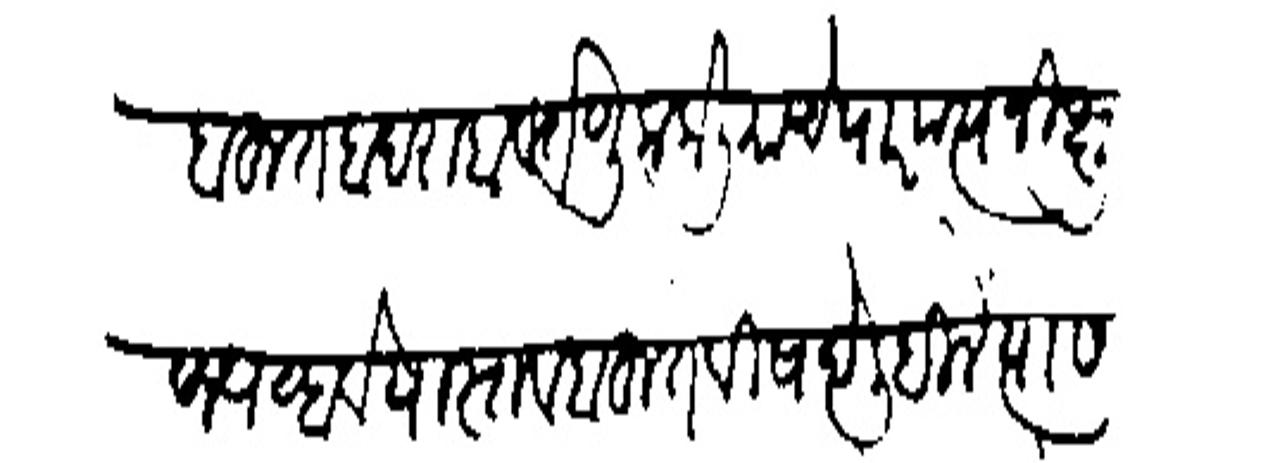
Transliteration (Devanagari): बहुल बदराहा वर्तणूक केली याचे पारपत्य निक्षूष्य व्हावे यास्तव बहुत विषदे लिहिलें त्यास